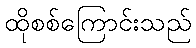
ထိုစစ်ကြောင်းသည်